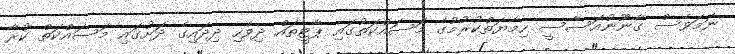
ނަމަވެސް ގާނޫނުއަސާސީ ހިމާޔަތްކުރުމުގެ މަސައްކަތުގައި ޕާޓީތައް ދިވެހި ދިދައިގެ ދަށުގައި މަސައްކަތް ކުރާ